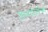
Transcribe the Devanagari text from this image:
जाळपोळीच्या